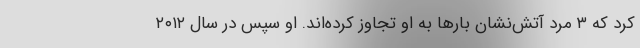
کرد که ۳ مرد آتش‌نشان بارها به او تجاوز کرده‌اند. او سپس در سال ۲۰۱۲